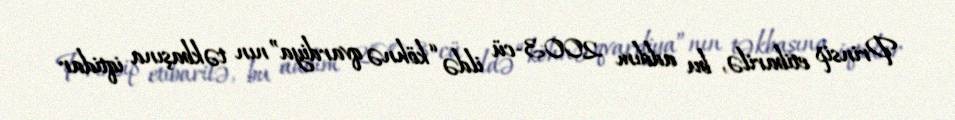
Prinsip etibarilə, bu addım 2003-cü ildə “köhnə qvardiya”nın təkbaşına iqtidar